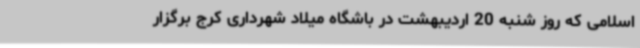
اسلامی که روز شنبه 20 اردیبهشت در باشگاه میلاد شهرداری کرج برگزار